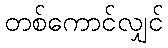
တစ်ကောင်လျှင်